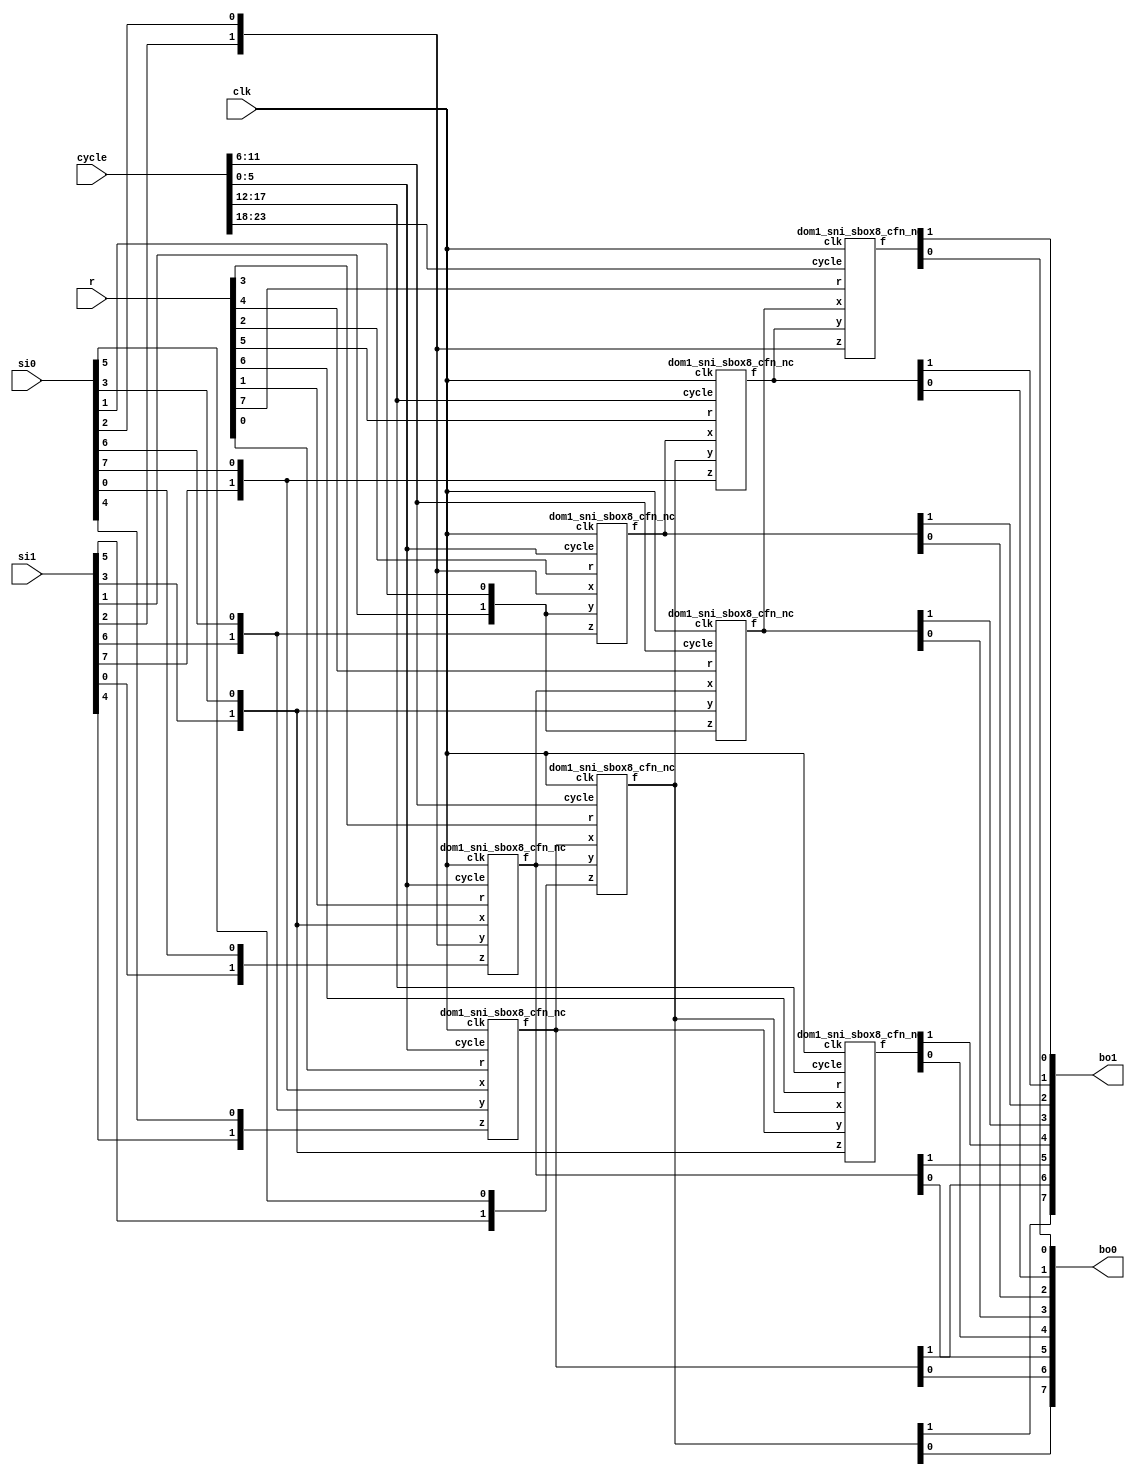
/*
 Designer: Mustafa Khairallah
 Nanyang Technological University
 Singapore
 Date: July, 2021
 */

// The DOM-Indep multiplier based sbox8 with registered
// shares. Takes 4 cycles. Non-pipelined, so the input
// must remain stable for 4 cycles, including the
// refreshing mask r.
module skinny_sbox8_dom1_sni_non_complete (/*AUTOARG*/
   // Outputs
   bo1, bo0,
   // Inputs
   si1, si0, r, cycle, clk
   ) ;
   output [7:0] bo1; // share 1
   output [7:0] bo0; // share 0

   input [7:0] 	si1; // share 1
   input [7:0] 	si0; // share 0
   input [7:0]  r;   // refreshing mask
   input [23:0] cycle;
   input        clk;

   wire [1:0]   bi7;
   wire [1:0]   bi6;
   wire [1:0]   bi5;
   wire [1:0]   bi4;
   wire [1:0]   bi3;
   wire [1:0]   bi2;
   wire [1:0]   bi1;
   wire [1:0]   bi0;

   wire [1:0]   a7;
   wire [1:0]   a6;
   wire [1:0]   a5;
   wire [1:0]   a4;
   wire [1:0]   a3;
   wire [1:0]   a2;
   wire [1:0]   a1;
   wire [1:0]   a0;

   assign bi0 = {si1[0],si0[0]};
   assign bi1 = {si1[1],si0[1]};
   assign bi2 = {si1[2],si0[2]};
   assign bi3 = {si1[3],si0[3]};
   assign bi4 = {si1[4],si0[4]};
   assign bi5 = {si1[5],si0[5]};
   assign bi6 = {si1[6],si0[6]};
   assign bi7 = {si1[7],si0[7]};

   dom1_sni_sbox8_cfn_nc b764 (a0,bi7,bi6,bi4,cycle[ 5: 0],r[0],clk);
   dom1_sni_sbox8_cfn_nc b320 (a1,bi3,bi2,bi0,cycle[ 5: 0],r[1],clk);
   dom1_sni_sbox8_cfn_nc b216 (a2,bi2,bi1,bi6,cycle[ 5: 0],r[2],clk);
   dom1_sni_sbox8_cfn_nc b015 (a3,a0, a1, bi5,cycle[11: 6],r[3],clk);
   dom1_sni_sbox8_cfn_nc b131 (a4,a1, bi3,bi1,cycle[11: 6],r[4],clk);
   dom1_sni_sbox8_cfn_nc b237 (a5,a2, a3, bi7,cycle[17:12],r[5],clk);
   dom1_sni_sbox8_cfn_nc b303 (a6,a3, a0, bi3,cycle[17:12],r[6],clk);
   dom1_sni_sbox8_cfn_nc b422 (a7,a4, a5, bi2,cycle[23:18],r[7],clk);

   assign {bo1[6],bo0[6]} = a0;
   assign {bo1[5],bo0[5]} = a1;
   assign {bo1[2],bo0[2]} = a2;
   assign {bo1[7],bo0[7]} = a3;
   assign {bo1[3],bo0[3]} = a4;
   assign {bo1[1],bo0[1]} = a5;
   assign {bo1[4],bo0[4]} = a6;
   assign {bo1[0],bo0[0]} = a7;

endmodule // skinny_sbox8_dom1_non_pipelined

// The core registered function of the skinny sbox8.
// nc: hardware non-completeness.
// cfn: core function
// The core function is basically (x nor y) xor z
// We use de morgan's law to convert it to:
// ((~x) and (~y)) xor z and use the DOM-Indep
// multiplier for the and gate. We add the shares of
// z to the independent and gates and register the
// output of (a and b) xor c, while for the mixed
// shares we also use (a and b) xor c, but c is the
// fresh randomness.
module dom1_sni_sbox8_cfn_nc (/*AUTOARG*/
   // Outputs
   f,
   // Inputs
   x, y, z, cycle, r, clk
   ) ;
   output reg [1:0]        f;
   input [1:0]         x, y, z;
   input [5:0]         cycle;
   input               r, clk;

   wire                s0, s1, s2, s3;
   wire                a0, a1, b0, b1, c0, c1, ri;

   wire                cs0, cs1; // compressed shares: input to the final regs
   wire                cw0, cw1; // compressed shares: comb logic

   reg [1:0]           g, t; // Sub-shares registers

   assign a0 = (cycle[1] || cycle[3]) ? x[0] : 0;
   assign a1 = (cycle[0] || cycle[2]) ? ~x[1] : 0;
   assign b0 = (cycle[1] || cycle[2]) ? y[0] : 0;
   assign b1 = (cycle[0] || cycle[3]) ? ~y[1] : 0;
   assign c0 = cycle [1] ? z[0] : 0;
   assign c1 = cycle [0] ? z[1] : 0;
   assign ri = (cycle[2] || cycle[3]) ? r : 0;

   assign s0 = (cycle[0]) ? (a1 & b1) ^ c1 : 0;
   assign s1 = (cycle[1]) ? (a0 & b0) ^ c0 : 0;
   assign s2 = (cycle[2]) ? (a1 & b0) ^ ri : 0;
   assign s3 = (cycle[3]) ? (a0 & b1) ^ ri : 0;

   assign cw0 = (cycle[4]) ? t[0] ^ g[0] : 0;
   assign cw1 = (cycle[5]) ? t[1] ^ g[1] : 0;

   assign cs0 = (cycle[4]) ? cw0 : 0;
   assign cs1 = (cycle[5]) ? cw1 : 0;



   always @ (posedge clk) begin
      if (cycle[0]) g[1] <= s0;
      if (cycle[1]) g[0] <= s1;

      if (cycle[2]) t[1] <= s2;
      if (cycle[3]) t[0] <= s3;

      if (cycle[4]) f[0] <= cs0;
      if (cycle[5]) f[1] <= cs1;
   end

endmodule // dom1_sbox8_cfn_nc